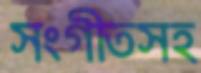
সংগীতসহ